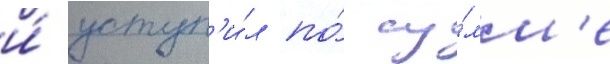
и́ уступ'и́л по́ су́мм'е